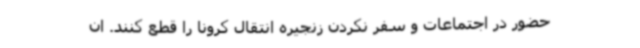
حضور در اجتماعات و سفر نکردن زنجیره انتقال کرونا را قطع کنند. ان